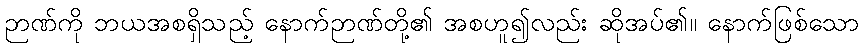
ဉာဏ်ကို ဘယအစရှိသည့် နောက်ဉာဏ်တို့၏ အစဟူ၍လည်း ဆိုအပ်၏။ နောက်ဖြစ်သော